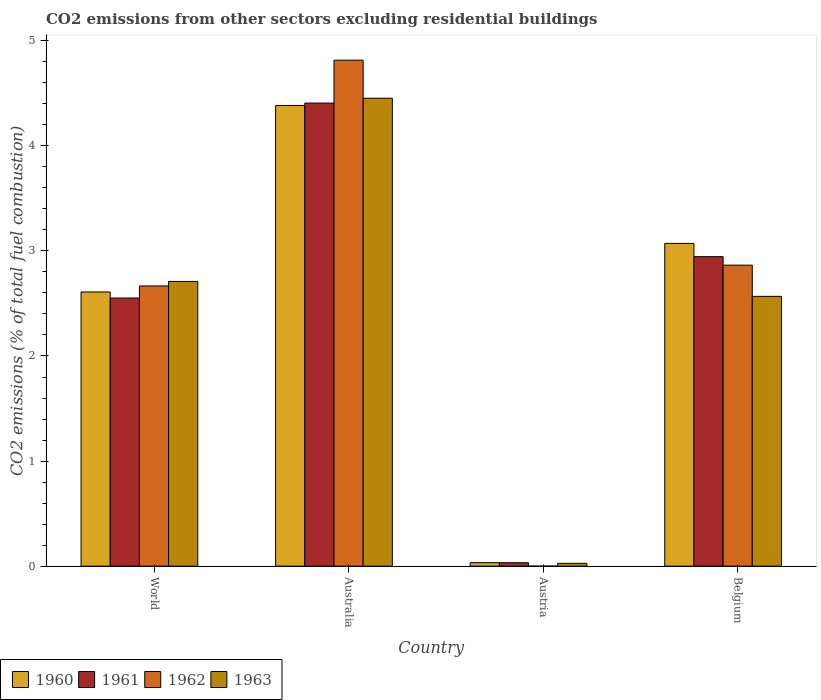
| Country | 1960 | 1961 | 1962 | 1963 |
 | --- | --- | --- | --- | --- |
 | World | 2.61 | 2.55 | 2.67 | 2.71 |
 | Australia | 4.38 | 4.41 | 4.82 | 4.45 |
 | Austria | 0.0333 | 0.033 | -1.92e-15 | 0.0273 |
 | Belgium | 3.07 | 2.95 | 2.86 | 2.57 |